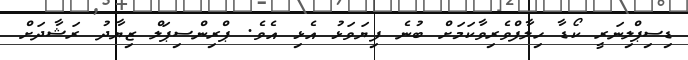
ޑިސިޕްލިނަރީ ކޯޑާ ހިލާފްވެރިވާކަމަށް ބުނެ ފިޔަވަޅު އެޅި އެވެ. ޕްރިންސިޕަލް ޒިޔާދު ރަޝާދަށް